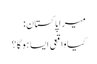
میرا پاکستان:
کیا واقعی ایسا ہوگا؟